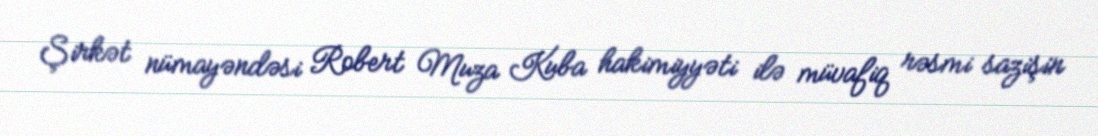
Şirkət nümayəndəsi Robert Muza Kuba hakimiyyəti ilə müvafiq rəsmi sazişin